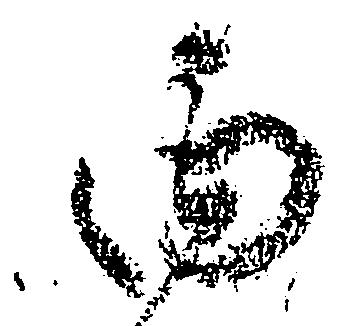
由